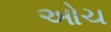
ઓચ